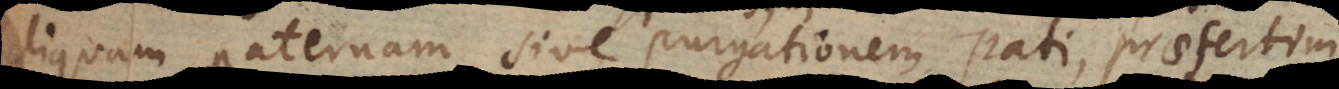
aliquam paternam sive purgationem pati, praesertim